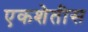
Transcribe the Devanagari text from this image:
एकशेतीस